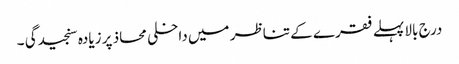
درج بالا پہلے فقرے کے تناظر میں داخلی محاذ پر زیادہ سنجیدگی ۔